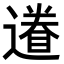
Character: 𨖩